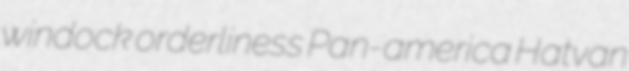
windock orderliness Pan-america Hatvan